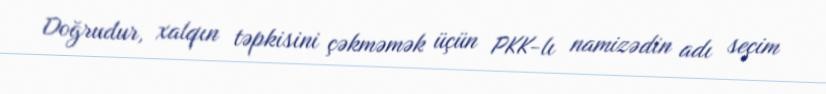
Doğrudur, xalqın təpkisini çəkməmək üçün PKK-lı namizədin adı seçim